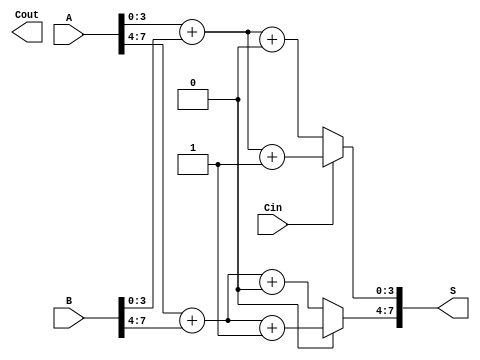
module CarrySelectAdder #(parameter N = 8, parameter M = 4) (
    input [N-1:0] A,        // First input
    input [N-1:0] B,        // Second input
    input Cin,              // Carry-in
    output [N-1:0] S,       // Sum output
    output Cout             // Carry-out
);
    localparam NUM_BLOCKS = N / M;
    
    wire [M-1:0] S0[NUM_BLOCKS-1:0];  // Sum with Cin = 0
    wire [M-1:0] S1[NUM_BLOCKS-1:0];  // Sum with Cin = 1
    wire Cout0[NUM_BLOCKS-1:0];       // Carry-out with Cin = 0
    wire Cout1[NUM_BLOCKS-1:0];       // Carry-out with Cin = 1
    wire carry[NUM_BLOCKS:0];          // Carry chain between blocks

    assign carry[0] = Cin; // Initial carry-in

    // Generate sums and carries for each block
    genvar i;
    generate
        for (i = 0; i < NUM_BLOCKS; i = i + 1) begin : block
            wire [M-1:0] A_block = A[M*i +: M];
            wire [M-1:0] B_block = B[M*i +: M];
            
            // Calculate S0 and S1 for each block
            assign {Cout0[i], S0[i]} = A_block + B_block + 1'b0;
            assign {Cout1[i], S1[i]} = A_block + B_block + 1'b1;

            // Select the sum and carry-out based on the carry from the previous block
            assign S[M*i +: M] = carry[i] ? S1[i] : S0[i];
            assign Cout[i] = carry[i] ? Cout1[i] : Cout0[i];
        end
    endgenerate

    // Final carry-out is determined by the last block's carry-out
    assign Cout = Cout[NUM_BLOCKS-1];

endmodule